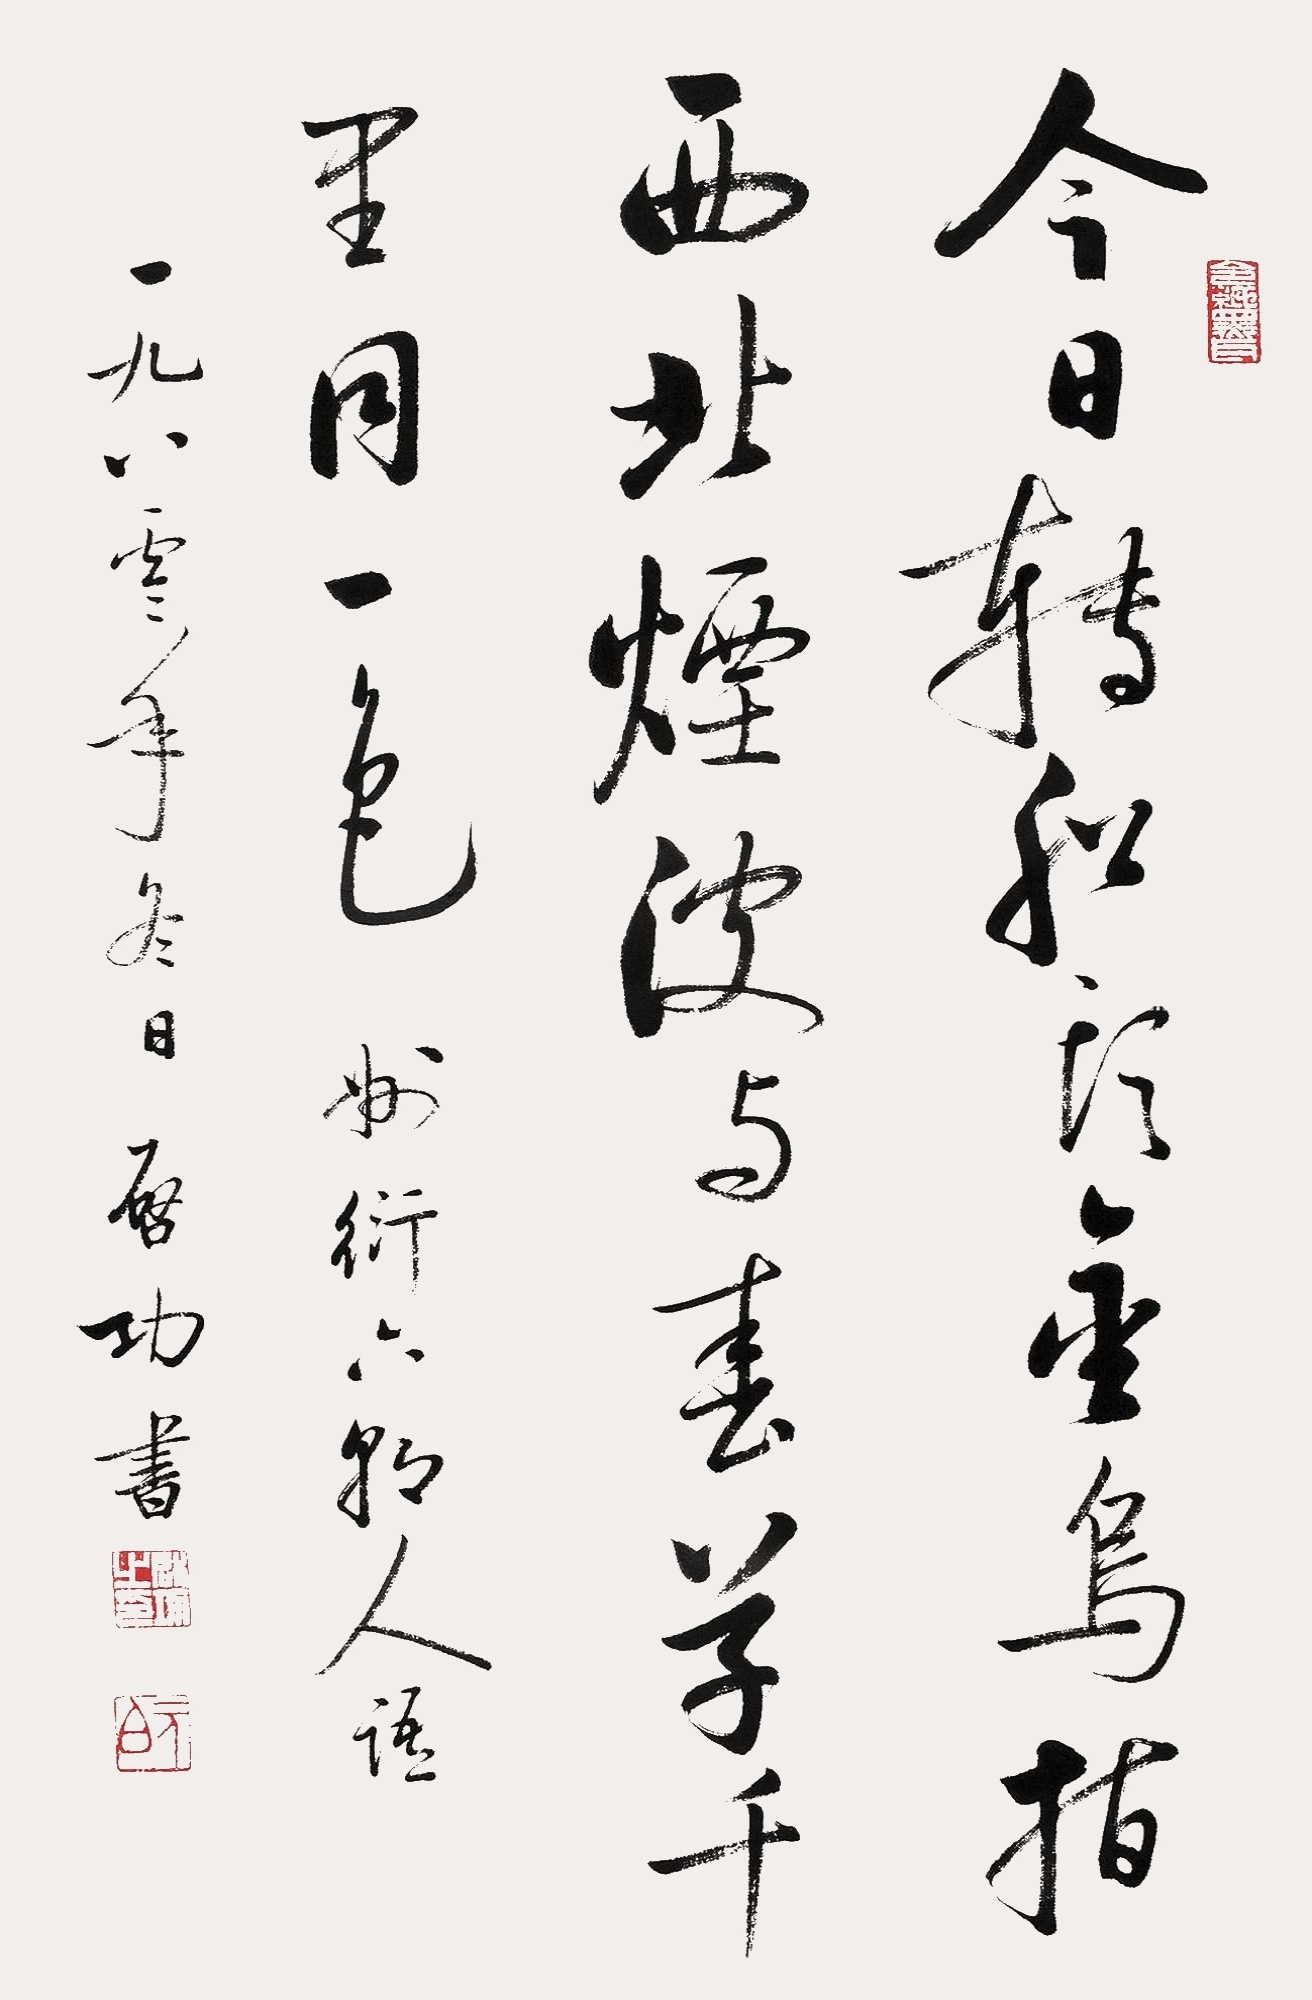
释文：今日转船头，金乌指西北。烟波与春草，千里同一色。州衍六朝人语，一九八零年冬日，启功书。